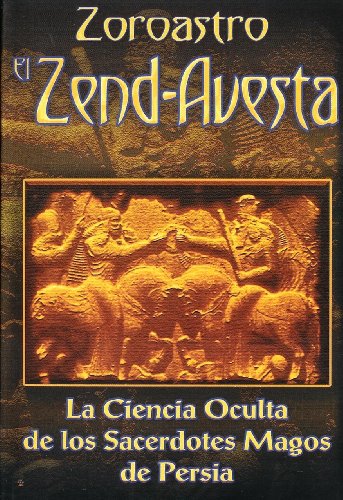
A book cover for Zoroastro el Zend-Avesta / Zoroaster The Zend-Avesta: La Ciencia Oculta de los Sacerdotes Magos de Persia / The Occult Science of the Wise Priest of Persia (Spanish Edition); Zoroastro; Religion & Spirituality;